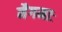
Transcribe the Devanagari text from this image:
नैगमाः